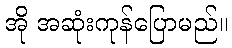
အို အဆုံးကုန်ပြောမည်။